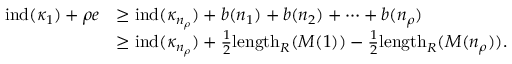
\begin{array} { r l } { \operatorname { i n d } ( \kappa _ { 1 } ) + \rho e } & { \geq \operatorname { i n d } ( \kappa _ { n _ { \rho } } ) + b ( n _ { 1 } ) + b ( n _ { 2 } ) + \cdots + b ( n _ { \rho } ) } \\ & { \geq \operatorname { i n d } ( \kappa _ { n _ { \rho } } ) + \frac { 1 } { 2 } \mathrm { l e n g t h } _ { R } ( M ( 1 ) ) - \frac { 1 } { 2 } \mathrm { l e n g t h } _ { R } ( M ( n _ { \rho } ) ) . } \end{array}